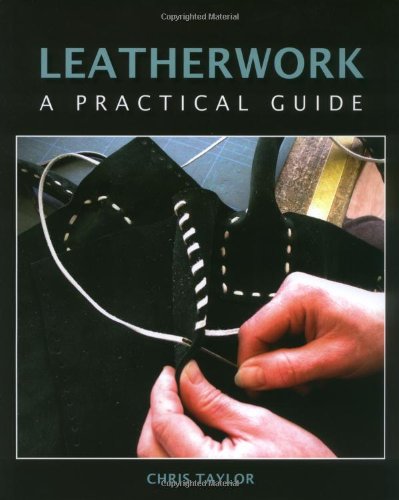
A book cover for Leatherwork: A Practical Guide; Chris Taylor; Crafts, Hobbies & Home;